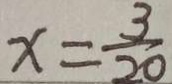
x = \frac { 3 } { 2 0 }